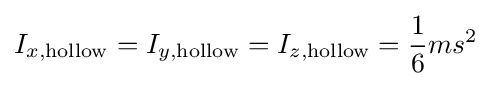
I_{x,\mathrm {hollow} }=I_{y,\mathrm {hollow} }=I_{z,\mathrm {hollow} }={\frac {1}{6}}ms^{2}\,\!